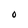
Character: O